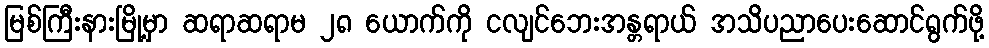
မြစ်ကြီးနားမြို့မှာ ဆရာဆရာမ ၂၈ ယောက်ကို ငလျင်ဘေးအန္တရာယ် အသိပညာပေးဆောင်ရွက်ဖို့